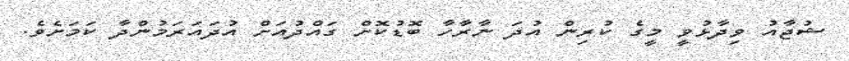
ޝުޖާއު ވިދާޅުވީ މީގެ ކުރިން އުދަ ނާރާހާ ބޮޑުކޮށް ގައްދުއަށް އުދައަރަމުންދާ ކަމަށެވެ.